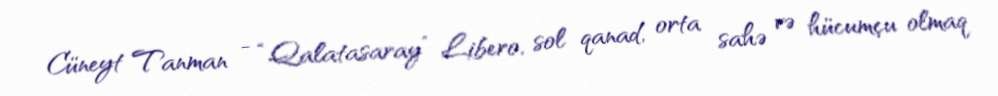
Cüneyt Tanman - “Qalatasaray” Libero, sol qanad, orta sahə və hücumçu olmaq